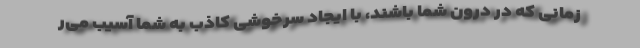
زمانی که در درون شما باشند، با ایجاد سرخوشی کاذب به شما آسیب می‌ر